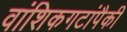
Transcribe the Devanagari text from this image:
वांशिकगटांपैकी